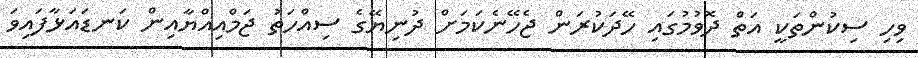
ވިހި ސިކުންތަކީ އަތް ދޮވުމުގައި ހޭދަކުރަން ޖެހޭނެކަމަށް ދުނިޔޭގެ ސިއްހަތު ޖަމްއިއްޔާއިން ކަނޑައަޅާފައިވަ